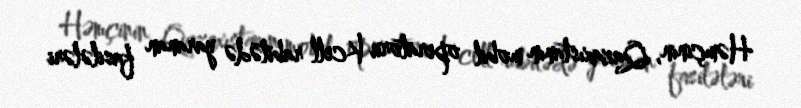
Həmçinin, Qazaxıstanın mobil operatoru Kcell rabitədə yaranan fasilələri